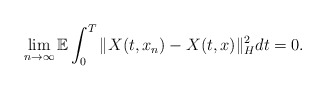
\begin{align*}\lim_{n\rightarrow\infty}\mathbb{E}\int_0^T \Vert X(t,x_n) - X(t,x) \Vert_H^2 dt = 0 .\end{align*}